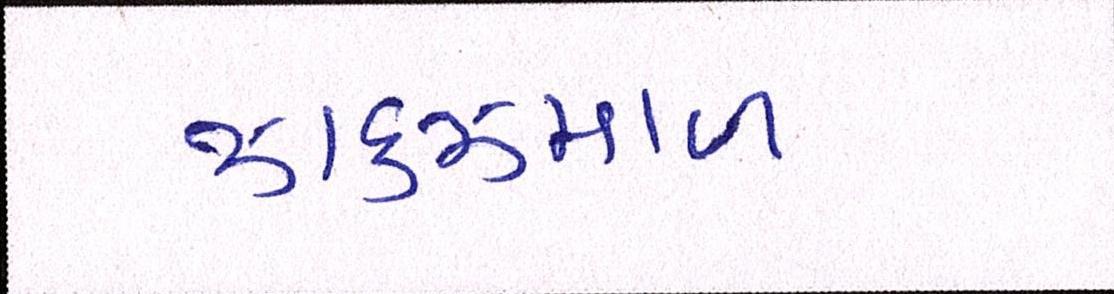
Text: ઝાકઝમાળ